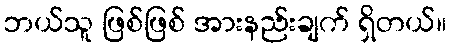
ဘယ်သူ ဖြစ်ဖြစ် အားနည်းချက် ရှိတယ်။